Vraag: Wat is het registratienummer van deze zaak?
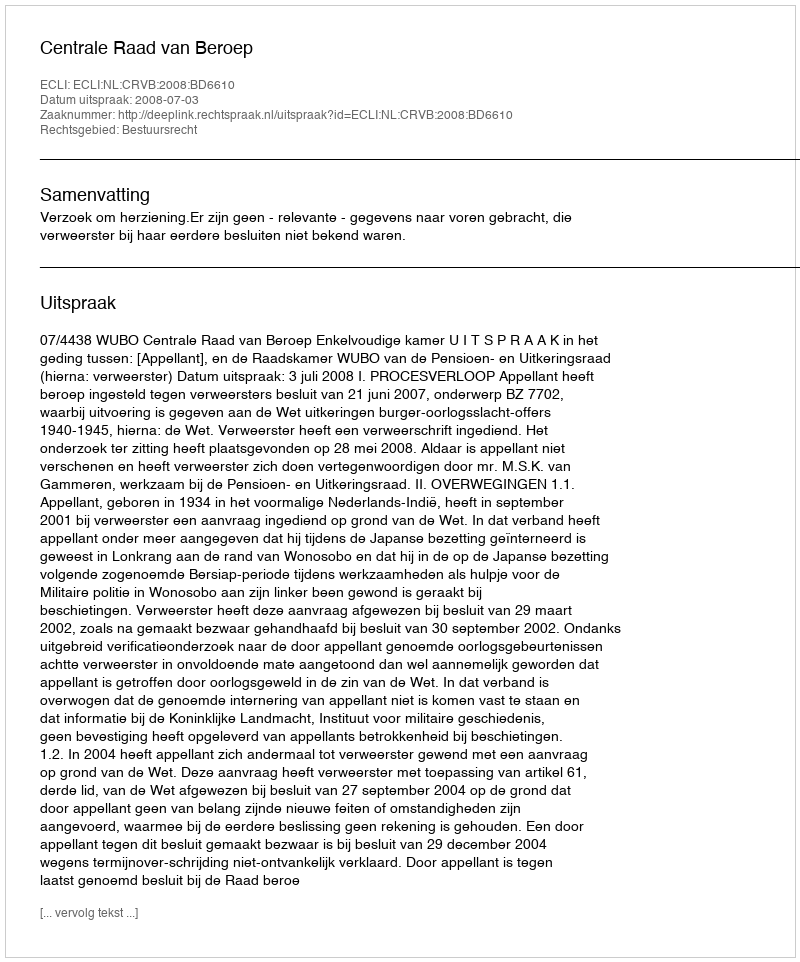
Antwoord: http://deeplink.rechtspraak.nl/uitspraak?id=ECLI:NL:CRVB:2008:BD6610